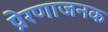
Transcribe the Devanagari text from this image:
प्रेरणाजनक